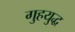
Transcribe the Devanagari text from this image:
गुहयुद्ध